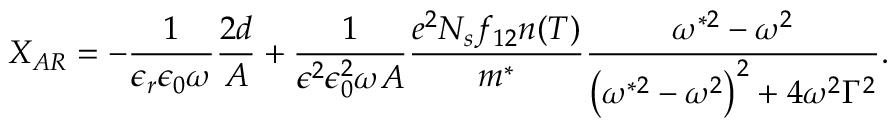
X _ { A R } = - \frac { 1 } { \epsilon _ { r } \epsilon _ { 0 } \omega } \frac { 2 d } { A } + \frac { 1 } { \epsilon ^ { 2 } \epsilon _ { 0 } ^ { 2 } \omega A } \frac { e ^ { 2 } N _ { s } f _ { 1 2 } n ( T ) } { m ^ { * } } \frac { \omega ^ { * 2 } - \omega ^ { 2 } } { \left( \omega ^ { * 2 } - \omega ^ { 2 } \right) ^ { 2 } + 4 \omega ^ { 2 } \Gamma ^ { 2 } } .